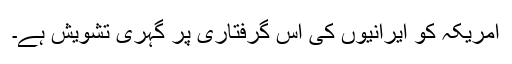
امریکہ کو ایرانیوں کی اس گرفتاری پر گہری تشویش ہے۔